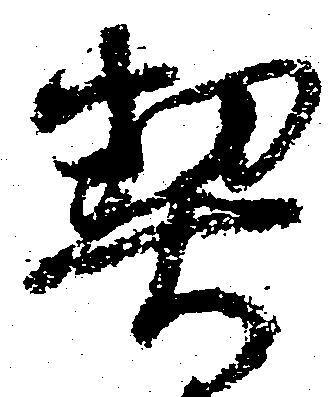
契